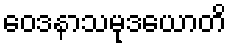
ဝေဒနာသမုဒယောတိ